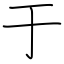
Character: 于